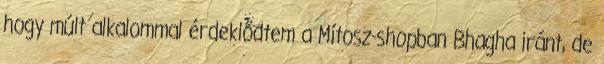
hogy múlt alkalommal érdeklődtem a Mítosz-shopban Bhagha iránt, de